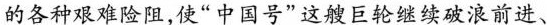
的各种艰难险阻，使”中国号”这艘巨轮继续破浪前进、